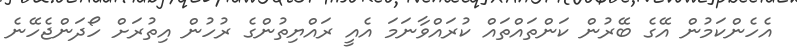
އެހެންކަމުން އޭގެ ބޭރުން ކަންތައްތައް ކުރައްވާނަމަ އެއީ ރައްޔިތުންގެ ރުހުން އިތުރަށް ހޯދަންޖެހޭނެ